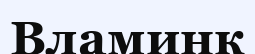
Вламинк